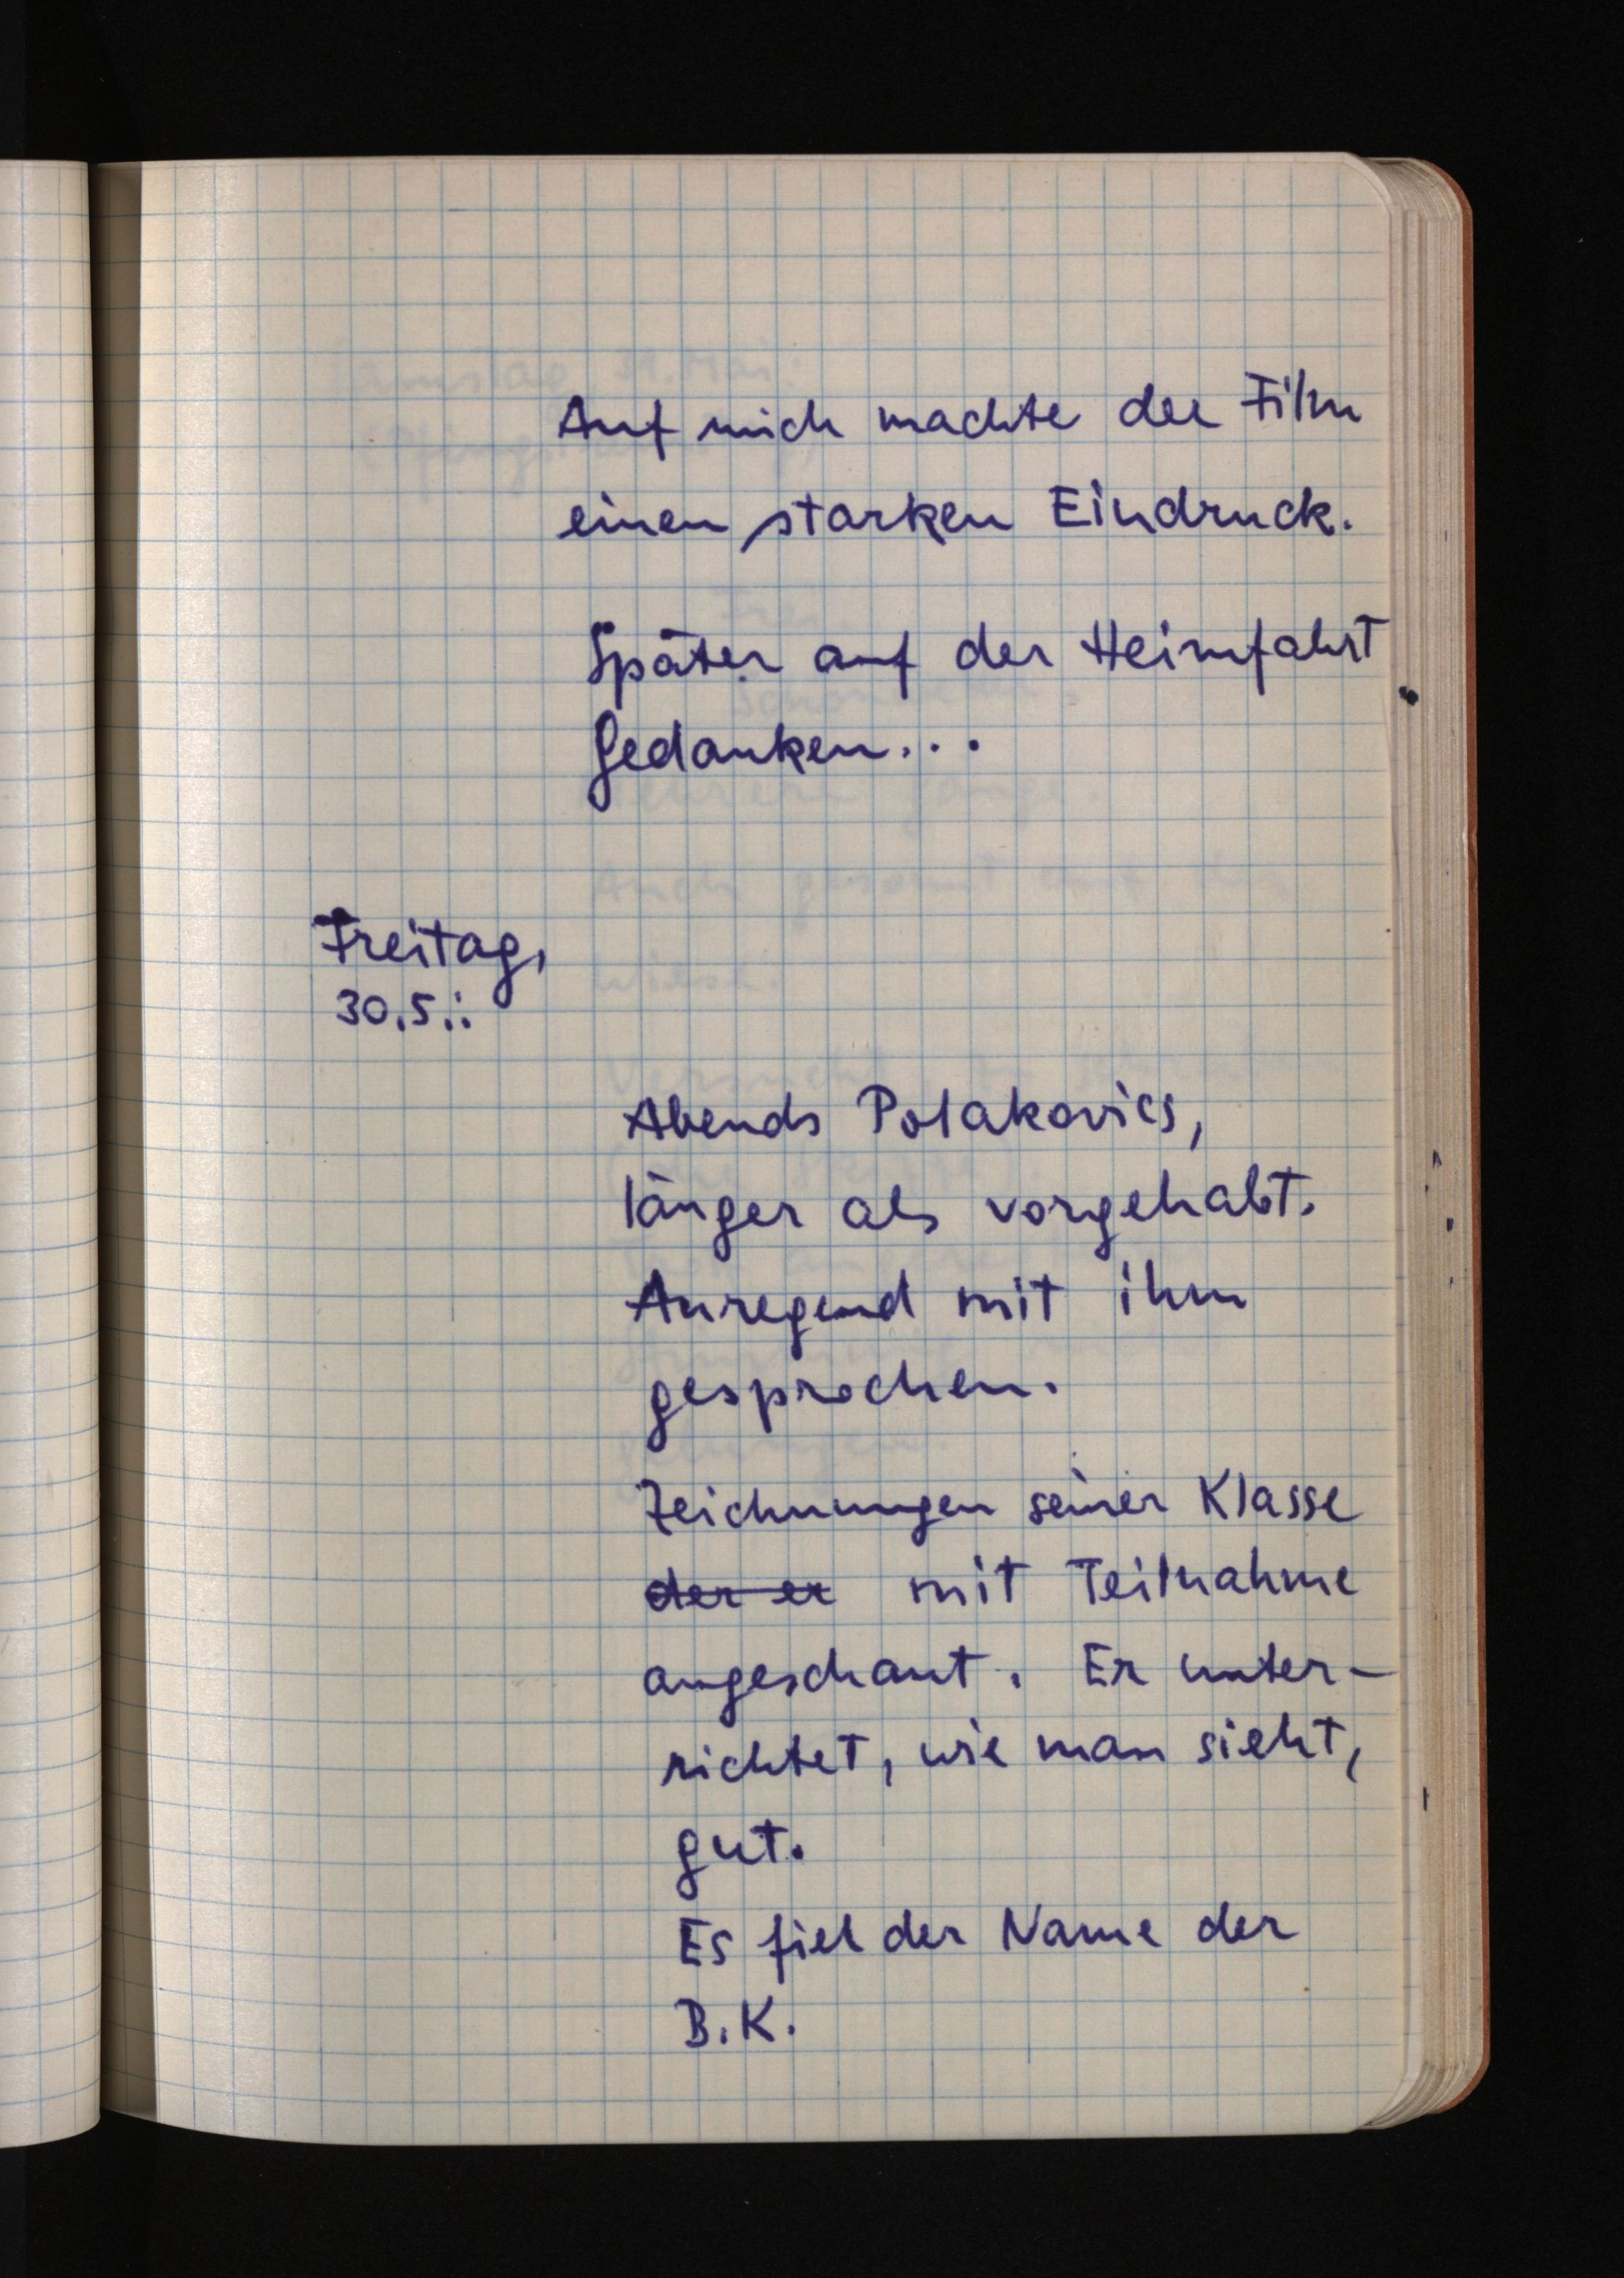
Auf mich machte der Film
einen starken Eindruck.
Später auf der Heimfahrt
Gedanken ...
Freitag,
30.5.:
Abends Polakovics,
länger als vorgehabt.
Anregend mit ihm
gesprochen.
Zeichnungen seiner Klasse
der er mit Teilnahme
angeschaut. Er unter¬
richtet, wie man sieht,
gut.
Es fiel der Name der
B. K.